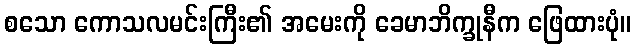
စသော ကောသလမင်းကြီး၏ အမေးကို ခေမာဘိက္ခုနီက ဖြေထားပုံ။